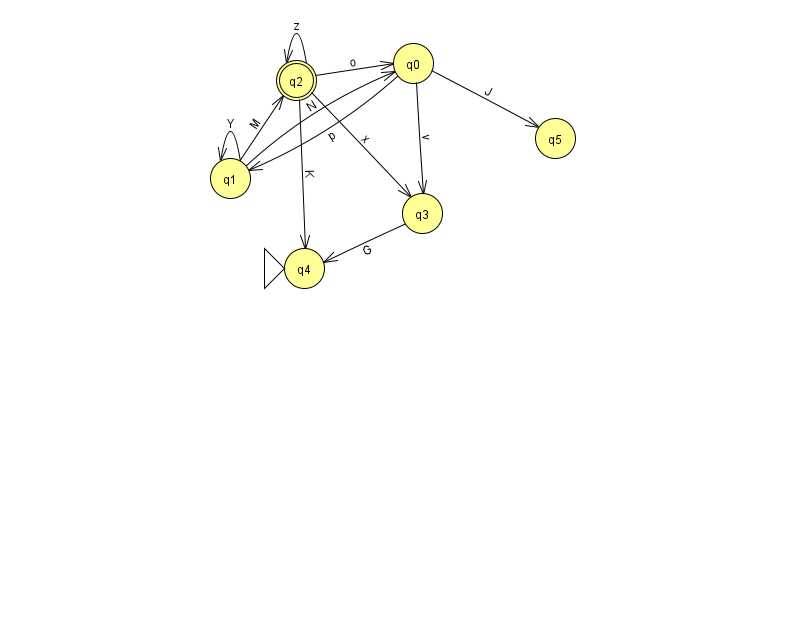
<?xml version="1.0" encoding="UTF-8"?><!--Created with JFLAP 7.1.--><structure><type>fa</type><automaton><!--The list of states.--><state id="0" name="q0"><x>413.0</x><y>50.0</y></state><state id="1" name="q1"><x>230.0</x><y>165.0</y></state><state id="2" name="q2"><x>296.0</x><y>67.0</y><final/></state><state id="3" name="q3"><x>422.0</x><y>200.0</y></state><state id="4" name="q4"><x>304.0</x><y>255.0</y><initial/></state><state id="5" name="q5"><x>555.0</x><y>125.0</y></state><!--The list of transitions.--><transition><from>1</from><to>2</to><read>M</read></transition><transition><from>2</from><to>3</to><read>x</read></transition><transition><from>1</from><to>0</to><read>N</read></transition><transition><from>0</from><to>5</to><read>J</read></transition><transition><from>3</from><to>4</to><read>G</read></transition><transition><from>1</from><to>1</to><read>Y</read></transition><transition><from>2</from><to>2</to><read>z</read></transition><transition><from>0</from><to>1</to><read>p</read></transition><transition><from>2</from><to>4</to><read>K</read></transition><transition><from>0</from><to>3</to><read>v</read></transition><transition><from>2</from><to>0</to><read>o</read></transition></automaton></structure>